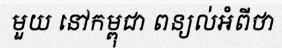
មួយ នៅកម្ពុជា ពន្យល់អំពីថា